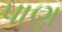
પાણ